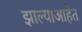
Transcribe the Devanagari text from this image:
झाल्याआहेत